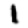
Digit: 1